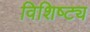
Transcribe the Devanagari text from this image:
विशिष्ट्य